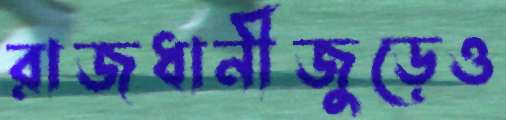
রাজধানীজুড়েও